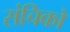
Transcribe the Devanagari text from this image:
संचिको